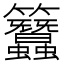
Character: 𥸢